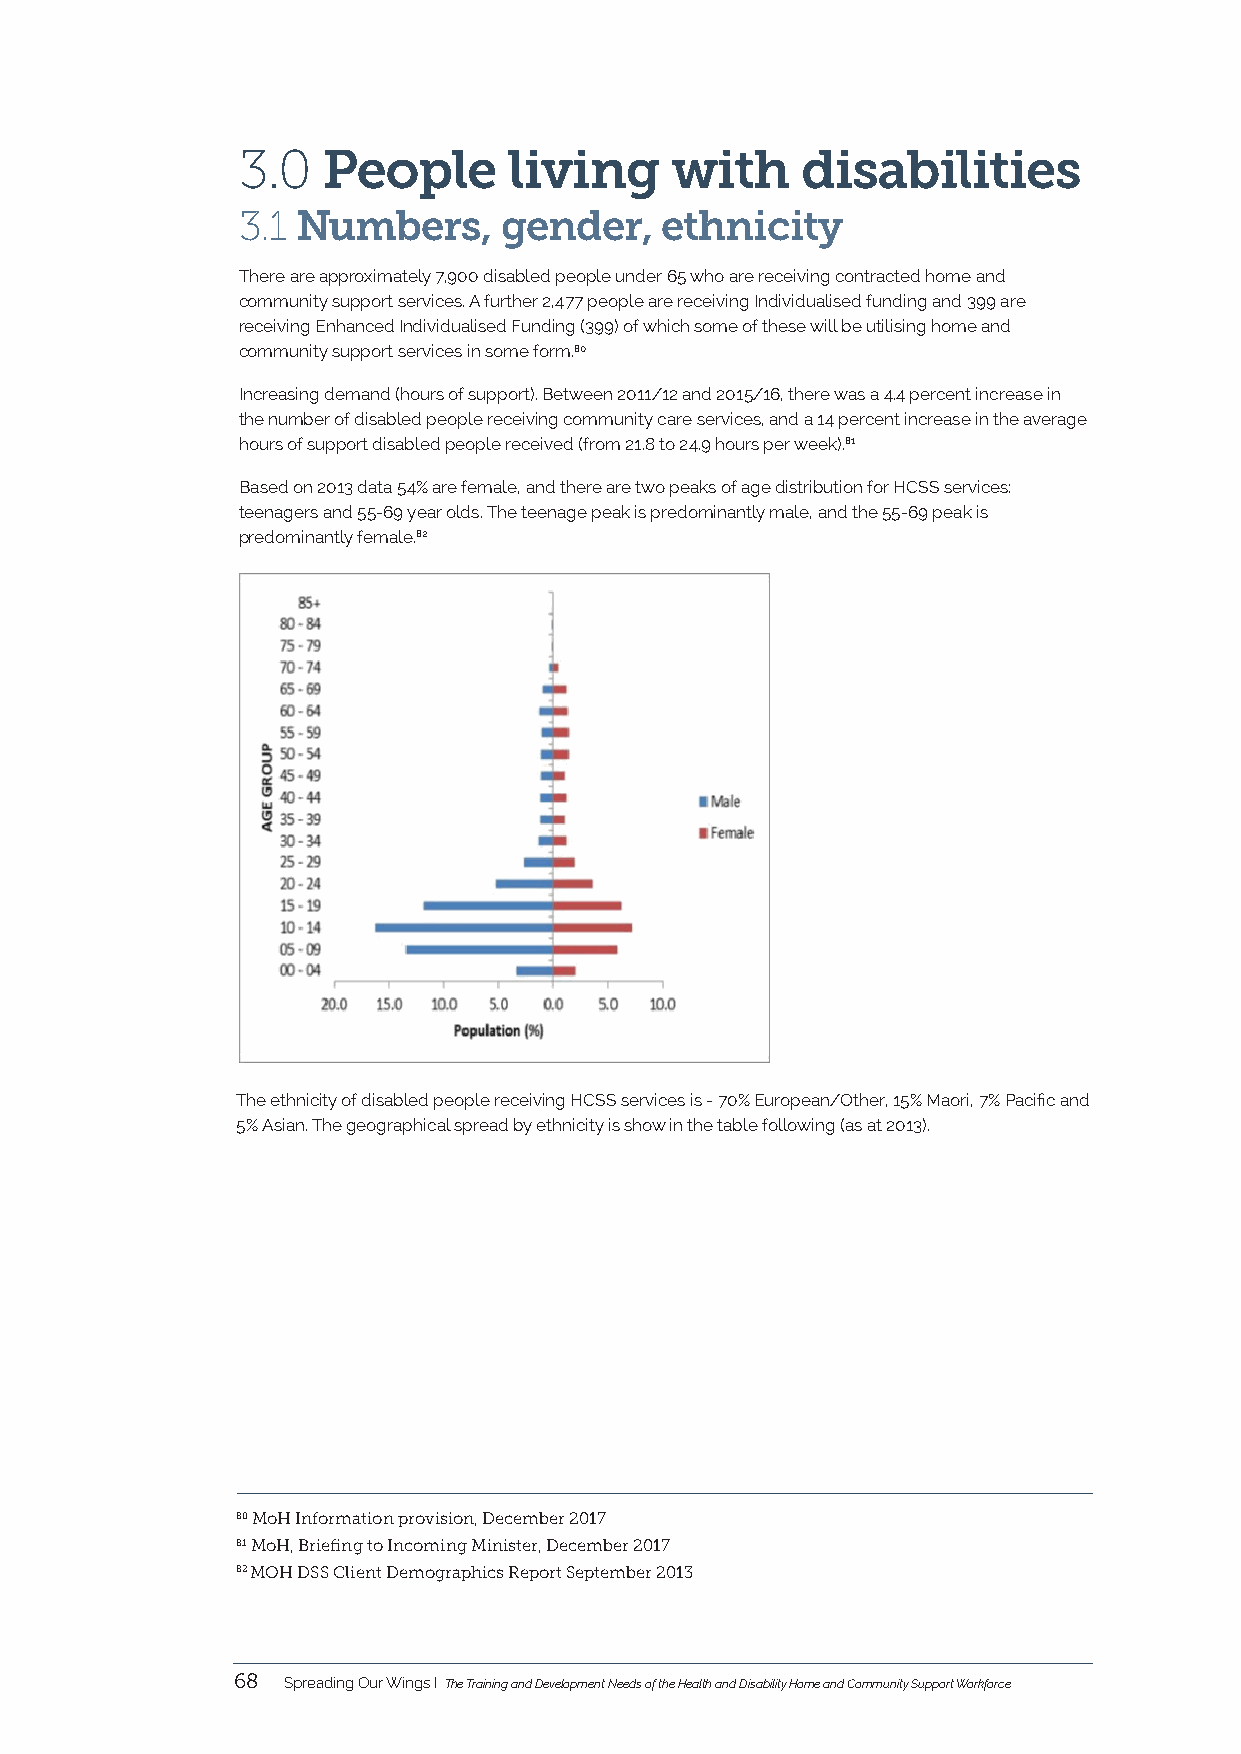
3.0  People       living    with     disabilities
 3.1 Numbers,     gender,    ethnicity
 There are approximately 7,900 disabled people under 65 who are receiving contracted home and
 community support services. A further 2,477 people are receiving Individualised funding and 399 are
 receiving Enhanced Individualised Funding (399) of which some of these will be utilising home and
 community support services in some form.80
 Increasing demand (hours of support). Between 2011/12 and 2015/16, there was a 4.4 percent increase in
 the number of disabled people receiving community care services, and a 14 percent increase in the average
 hours of support disabled people received (from 21.8 to 24.9 hours per week).81
 Based on 2013 data 54% are female, and there are two peaks of age distribution for HCSS services:
 teenagers and 55-69 year olds. The teenage peak is predominantly male, and the 55-69 peak is
 predominantly female.82
 The ethnicity of disabled people receiving HCSS services is - 70% European/Other, 15% Maori, 7% Pacific and
 5% Asian. The geographical spread by ethnicity is show in the table following (as at 2013).
 80 MoH Information provision, December 2017
 81 MoH, Briefing to Incoming Minister, December 2017
 82 MOH DSS Client Demographics Report September 2013
 68  Spreading Our Wings I The Training and Development Needs of the Health and Disability Home and Community Support Workforce